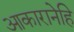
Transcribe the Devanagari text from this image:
आकारानेहि